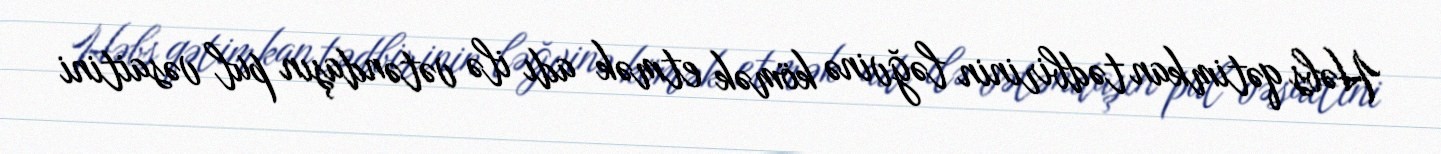
Həbs qətimkan tədbirinin ləğvinə kömək etmək adı ilə vətəndaşın pul vəsaitini